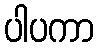
ပါပကာ